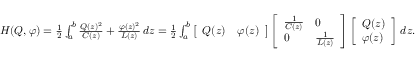
\begin{array} { r } { H ( Q , \varphi ) = \frac { 1 } { 2 } \int _ { a } ^ { b } \frac { Q ( z ) ^ { 2 } } { C ( z ) } + \frac { \varphi ( z ) ^ { 2 } } { L ( z ) } \, d z = \frac { 1 } { 2 } \int _ { a } ^ { b } \left[ \begin{array} { l l } { Q ( z ) } & { \varphi ( z ) } \end{array} \right] \left[ \begin{array} { l l } { \frac { 1 } { C ( z ) } } & { 0 } \\ { 0 } & { \frac { 1 } { L ( z ) } } \end{array} \right] \left[ \begin{array} { l } { Q ( z ) } \\ { \varphi ( z ) } \end{array} \right] \, d z . } \end{array}